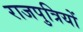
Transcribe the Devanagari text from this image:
राजपुत्रियों